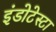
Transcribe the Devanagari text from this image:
इंडोटेस्टा